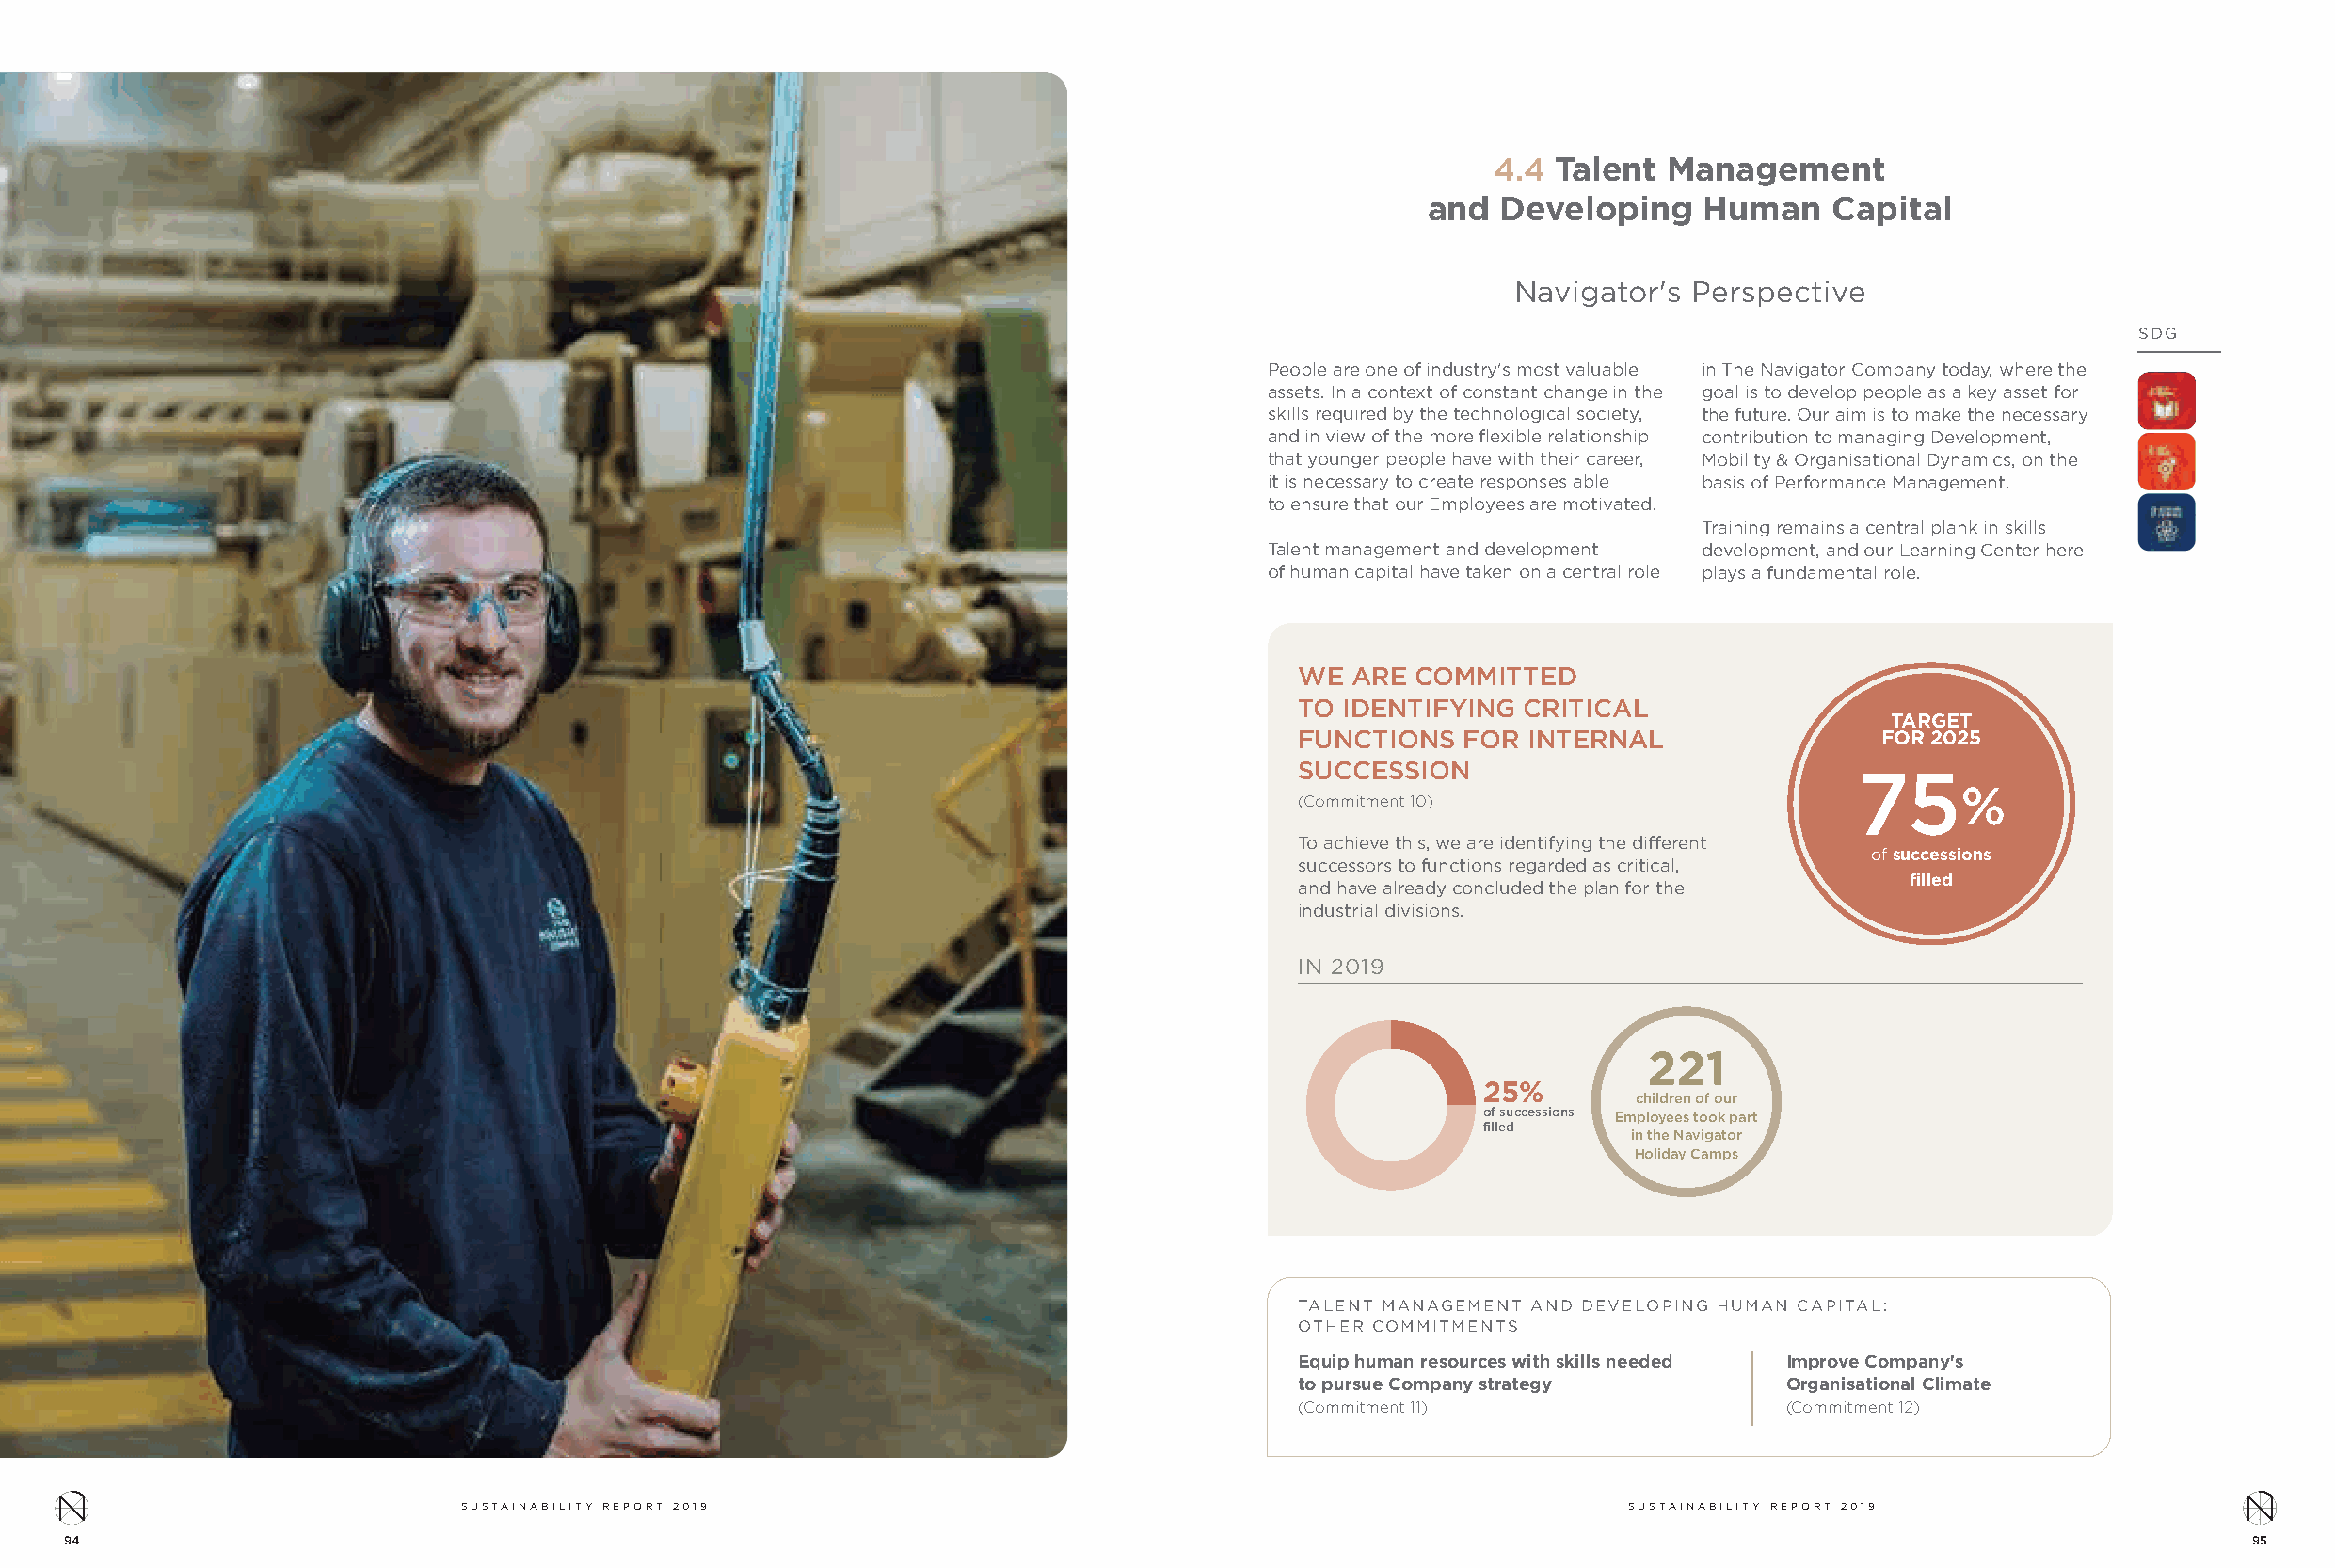
4.4 Talent  Management
 and   Developing    Human    Capital
 Navigator's Perspective
 SDG
 People are one of industry's most valuable in The Navigator Company today, where the
 assets. In a context of constant change in the goal is to develop people as a key asset for
 skills required by the technological society, the future. Our aim is to make the necessary
 and in view of the more flexible relationship contribution to managing Development,
 that younger people have with their career, Mobility & Organisational Dynamics, on the
 it is necessary to create responses able basis of Performance Management.
 to ensure that our Employees are motivated.
 Training remains a central plank in skills
 Talent management and development development, and our Learning Center here
 of human capital have taken on a central role plays a fundamental role.
 WE  ARE COMMITTED
 TO IDENTIFYING  CRITICAL
 TARGET
 FUNCTIONS   FOR INTERNAL                 FOR 2025
 SUCCESSION                              75
 %
 (Commitment 10)
 To achieve this, we are identifying the different
 of successions
 successors to functions regarded as critical,
 filled
 and have already concluded the plan for the
 industrial divisions.
 IN 2019
 221
 25%
 children of our
 of successions Employees took part
 filled
 in the Navigator
 Holiday Camps
 TALENT MANAGEMENT AND DEVELOPING HUMAN CAPITAL:
 OTHER COMMITMENTS
 Equip human resources with skills needed Improve Company's
 to pursue Company strategy         Organisational Climate
 (Commitment 11)                    (Commitment 12)
 SUSTAINABILITY REPORT 2019                                                         SUSTAINABILITY REPORT 2019
 94                                                                                                                                                       95